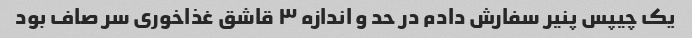
یک چیپس پنیر سفارش دادم در حد و اندازه ۳ قاشق غذاخوری سر صاف بود